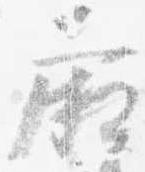
廂